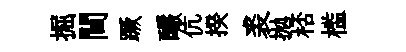
掘閫蹶釅伉揆裘抛桮槛